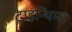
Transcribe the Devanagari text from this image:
ट्राइन्थिमा